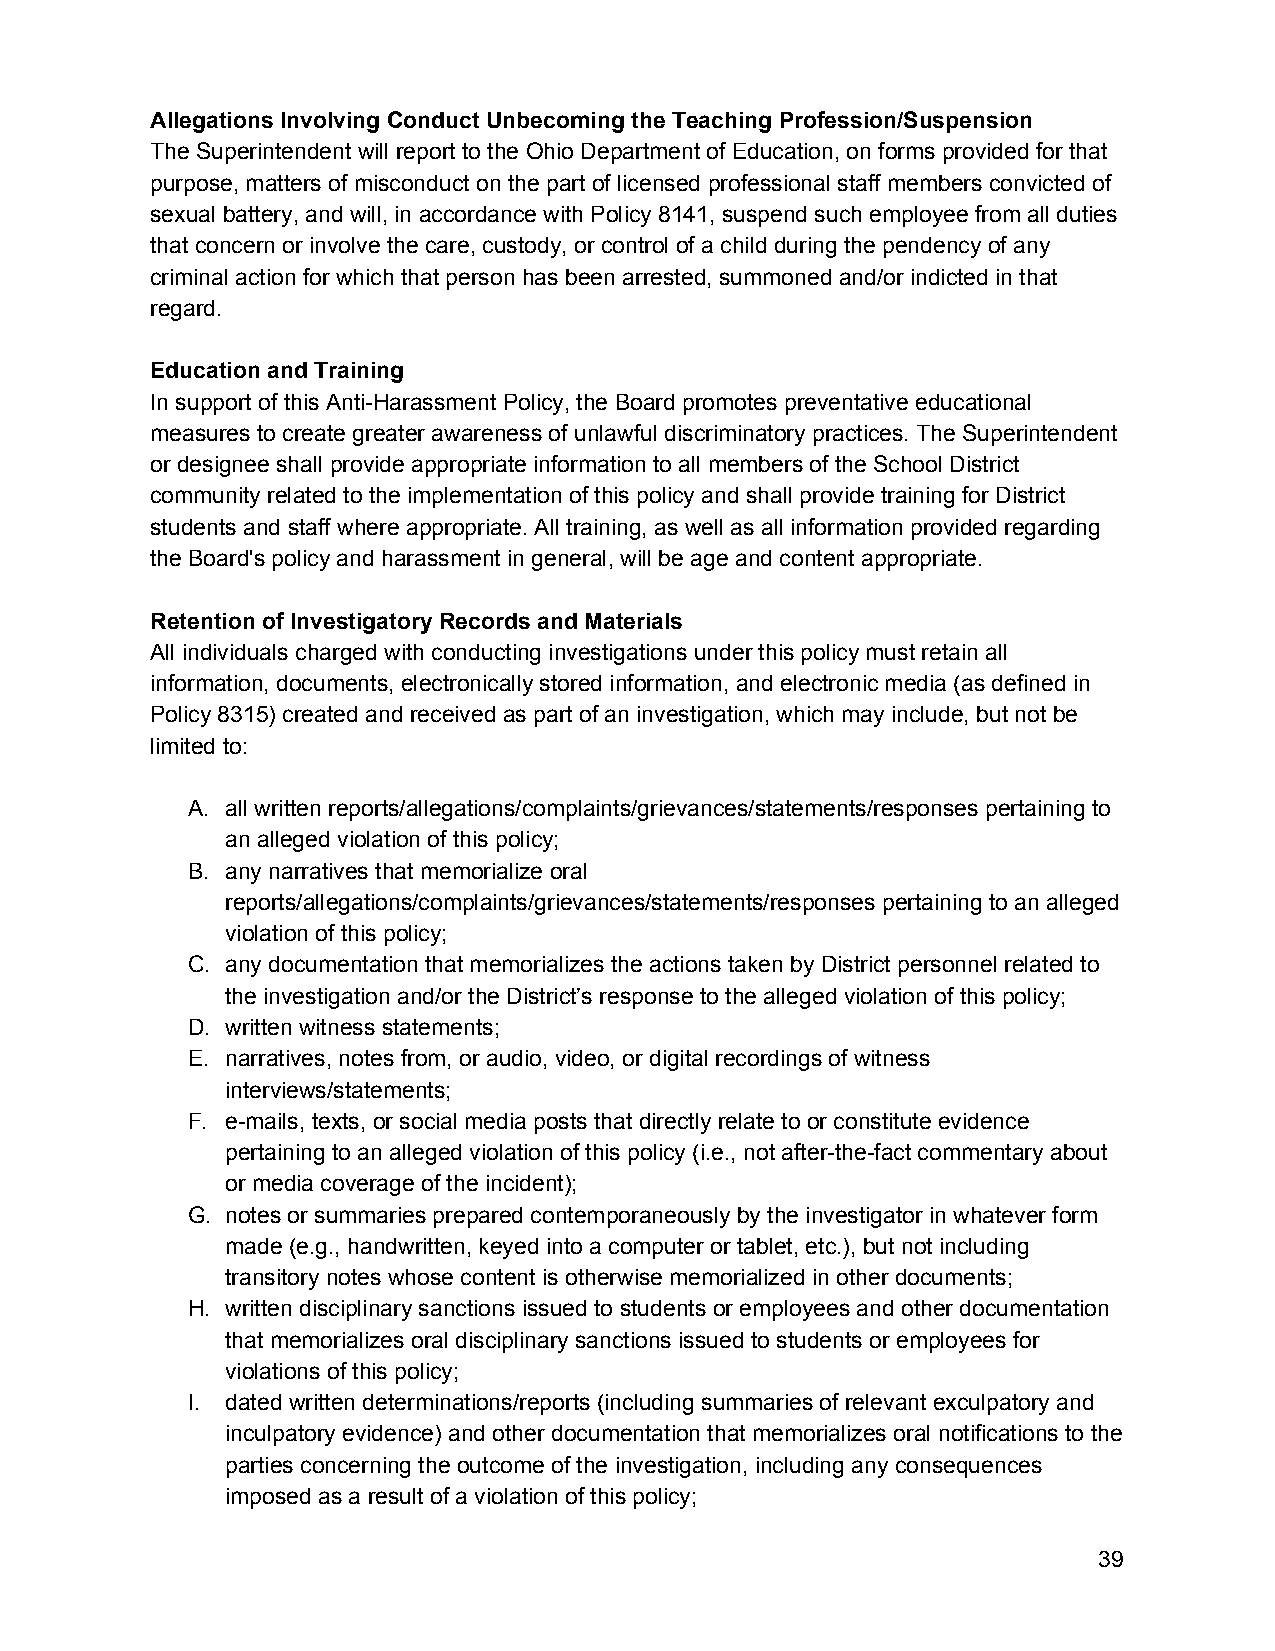
Allegations Involving Conduct Unbecoming the Teaching Profession/Suspension
 The Superintendent will report to the Ohio Department of Education, on forms provided for that
 purpose, matters of misconduct on the part of licensed professional staff members convicted of
 sexual battery, and will, in accordance with Policy 8141, suspend such employee from all duties
 that concern or involve the care, custody, or control of a child during the pendency of any
 criminal action for which that person has been arrested, summoned and/or indicted in that
 regard.
 Education and Training
 In support of this Anti-Harassment Policy, the Board promotes preventative educational
 measures to create greater awareness of unlawful discriminatory practices. The Superintendent
 or designee shall provide appropriate information to all members of the School District
 community related to the implementation of this policy and shall provide training for District
 students and staff where appropriate. All training, as well as all information provided regarding
 the Board's policy and harassment in general, will be age and content appropriate.
 Retention of Investigatory Records and Materials
 All individuals charged with conducting investigations under this policy must retain all
 information, documents, electronically stored information, and electronic media (as defined in
 Policy 8315) created and received as part of an investigation, which may include, but not be
 limited to:
 A. all written reports/allegations/complaints/grievances/statements/responses pertaining to
 an alleged violation of this policy;
 B. any narratives that memorialize oral
 reports/allegations/complaints/grievances/statements/responses pertaining to an alleged
 violation of this policy;
 C. any documentation that memorializes the actions taken by District personnel related to
 the investigation and/or the District’s response to the alleged violation of this policy;
 D. written witness statements;
 E. narratives, notes from, or audio, video, or digital recordings of witness
 interviews/statements;
 F. e-mails, texts, or social media posts that directly relate to or constitute evidence
 pertaining to an alleged violation of this policy (i.e., not after-the-fact commentary about
 or media coverage of the incident);
 G. notes or summaries prepared contemporaneously by the investigator in whatever form
 made (e.g., handwritten, keyed into a computer or tablet, etc.), but not including
 transitory notes whose content is otherwise memorialized in other documents;
 H. written disciplinary sanctions issued to students or employees and other documentation
 that memorializes oral disciplinary sanctions issued to students or employees for
 violations of this policy;
 I. dated written determinations/reports (including summaries of relevant exculpatory and
 inculpatory evidence) and other documentation that memorializes oral notifications to the
 parties concerning the outcome of the investigation, including any consequences
 imposed as a result of a violation of this policy;
 39